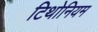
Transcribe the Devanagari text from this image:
टिथोनियम